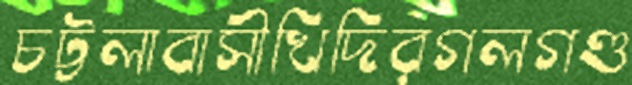
চট্টলাবাসীখিদিরগলগণ্ড